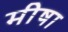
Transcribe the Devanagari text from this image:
मीषा